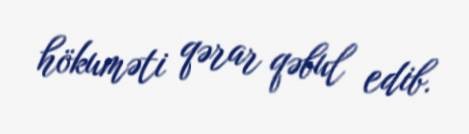
hökuməti qərar qəbul edib.